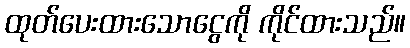
ထုတ်ပေးထားသောငွေကို ကိုင်ထားသည်။